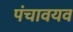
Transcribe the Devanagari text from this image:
पंचावयव